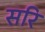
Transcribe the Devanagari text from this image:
सरि